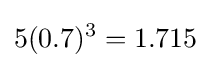
5(0.7)^{3}=1.715